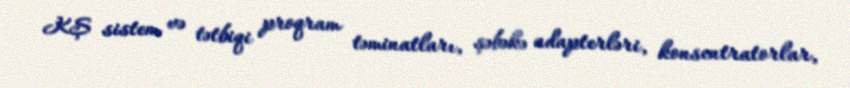
KŞ sistem və tətbiqi proqram təminatları, şəbəkə adapterləri, konsentratorlar,